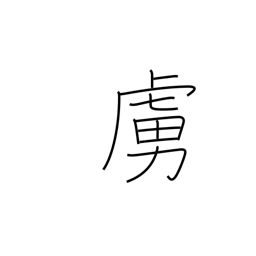
Meaning: low epithet for the enemy